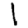
Digit: 1